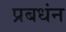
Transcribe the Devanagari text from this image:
प्रबधंन